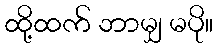
ထို့ထက် ဘာမျှ မပို။